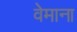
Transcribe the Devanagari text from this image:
वेमाना